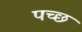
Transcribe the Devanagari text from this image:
पच्‍छ